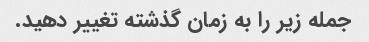
جمله زیر را به زمان گذشته تغییر دهید.